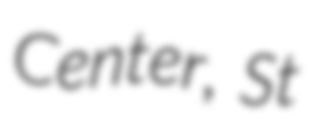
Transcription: Center, St